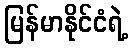
မြန်မာနိုင်ငံရဲ့